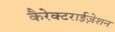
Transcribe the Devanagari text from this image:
कैरेक्टराईज़ेशन